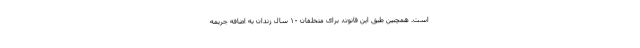
است. همچنین طبق این قانون، برای متخلفان ۱۰ سال زندان به اضافه جریمه